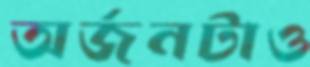
অর্জনটাও